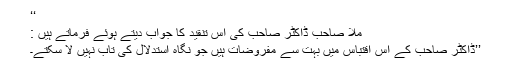
‘‘
ملّا صاحب ڈاکٹر صاحب کی اس تنقید کا جواب دیتے ہوئے فرماتے ہیں :
’’ڈاکٹر صاحب کے اس اقتباس میں بہت سے مفروضات ہیں جو نگاہ استدلال کی تاب نہیں لا سکتے۔